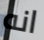
انه